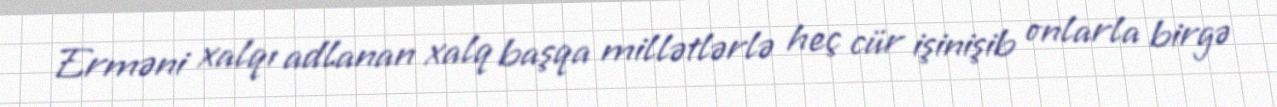
Erməni xalqı adlanan xalq başqa millətlərlə heç cür işinişib onlarla birgə